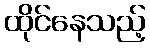
ထိုင်နေသည့်